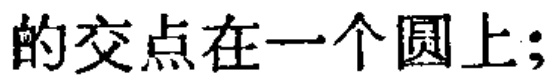
的交点在一个圆上;